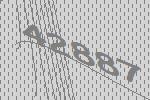
42887